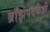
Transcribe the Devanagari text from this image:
ब्राँझपदकेही